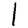
Digit: 1